Vaccination in Bombay 1874-1876 - 1874-1876
Year: 1874
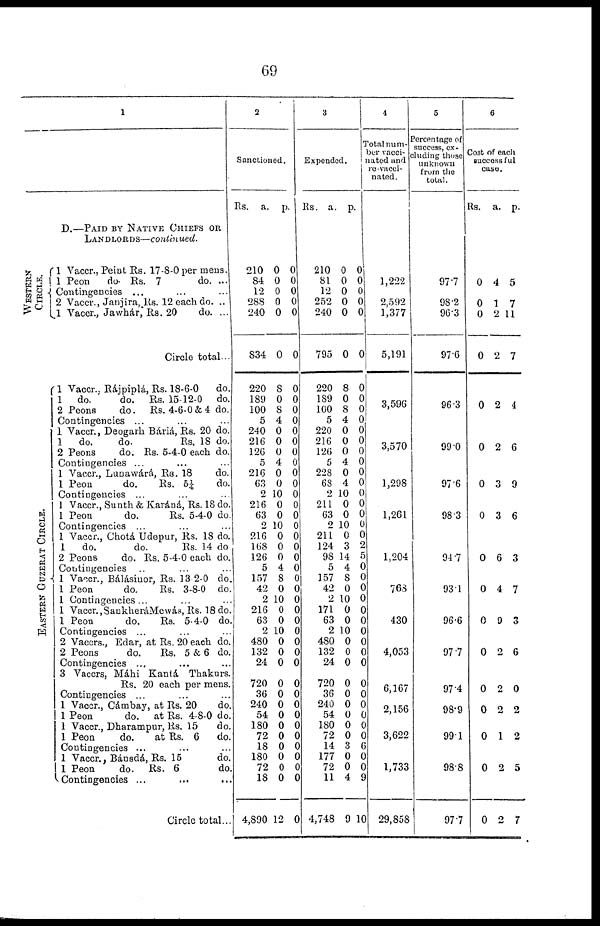
69
1
D.—PAID BY NATIVE CHIEFS OR
LANDLORDS—continued.
WESTERN
CIRCLE.
E AS T E RN GUZ E RAT CI RCLE.
1 Vaccr., Peint Rs. 17-8-0 per mens.
1 Peon
do. Rs. 7
do. ...
Contingencies ... ... ...
2 Vaccr., Janjira, Rs. 12 each do. ..
1 Vaccr., Jawhár, Rs. 20
do. ...
Circle total...
1 Vaccr., Rájpiplá, Rs. 18-6-0
do.
1 do.
do. Rs. 15-12-0 do.
2 Peons
do. Rs. 4-6-0 & 4 do.
Contingencies ... ... ...
1 Vaccr., Deogarh Báriá, Rs. 20 do.
1
do.
do.
Rs. 18 do.
2 Peons
do. Rs. 5-4-0 each do.
Contingencies ... ... ...
1 Vaccr., Lunawárá, Rs. 18
do.
1 Peon
do.
Rs. 5¼
do.
Contingencies ... ... ...
1 Vaccr., Sunth & Karáná, Rs. 18 do.
1 Peon
do.
Rs. 5-4-0 do
Contingencies ... ... ...
1 Vaccr., Chotá Udepur, Rs. 18 do.
1
do.
do.
Rs. 14 do
2 Peons
do. Rs. 5-4-0 each do.
Contingencies ... ... ...
1 Vaccr., Bálásinor, Rs. 13 2-0 do.
1 Peon
do.
Rs. 3-8-0 do.
1 Contingencies... ... ...
1 Vaccr.,SankheráMewás, Rs. 18 do.
1 Peon
do.
Rs. 5-4-0 do.
Contingencies ... ... ...
2 Vaccrs., Edar, at Rs. 20 each do.
2 Peons
do.
Rs. 5 & 6 do.
Contingencies ... ... ...
3 Vaccrs, Máhi Kantá Thakurs.
Rs. 20 each per mens.
Contingencies ... ... ...
1 Vaccr., Cámbay, at Rs. 20
do.
1 Peon do. at Rs. 4-8-0 do.
1 Vaccr., Dharampur, Rs. 15
do.
1 Peon
do.
at Rs. 6
do.
Contingencies ... ... ...
1 Vaccr., Bánsdá, Rs. 15
do.
1 Peon
do. Rs. 6
do.
Contingencies ... ... ...
Circle total...
2
Sanctioned.
Rs.
a. p.
210
84
12
288
240
834
220
189
100
5
240
216
126
5
216
63
2
216
63
2
216
168
126
5
157
42
2
216
63
2
480
132
24
720
36
240
54
180
72
18
180
72
18
4,890
0
0
0
0
0
0
8
0
8
4
0
0
0
4
0
0
10
0
0
10
0
0
0
4
8
0
10
0
0
10
0
0
0
0
0
0
0
0
0
0
0
0
0
12
0
0
0
0
0
0
0
0
0
0
0
0
0
0
0
0
0
0
0
0
0
0
0
0
0
0
0
0
0
0
0
0
0
0
0
0
0
0
0
0
0
0
0
0
3
Expended.
Rs.
a. p.
210
81
12
252
240
795
220
189
100
5
220
216
126
5
228
68
2
211
63
2
211
124
98
5
157
42
2
171
63
2
480
132
24
720
36
240
54
180
72
14
177
72
11
4,748
0
0
0
0
0
0
8
0
8
4
0
0
0
4
0
4
10
0
0
10
0
3
14
4
8
0
10
0
0
10
0
0
0
0
0
0
0
0
0
3
0
0
4
9
0
0
0
0
0
0
0
0
0
0
0
0
0
0
0
0
0
0
0
0
0
2
5
0
0
0
0
0
0
0
0
0
0
0
0
0
0
0
0
6
0
0
9
10
4
Total num-
ber vacci-
nated and
re-vacci¬
nated.
1,222
2,592
1,377
5,191
3,596
3,570
1,298
1,261
1,204
768
430
4,053
6,167
2,156
3,622
1,733
29,858
5
Percentage of
success, ex-
cluding those
unknown
from the
total.
97.7
98.2
96.3
97.6
96.3
99.0
97.6
98.3
94.7
93.1
96.6
97.7
97.4
98.9
99.1
98.8
97.7
6
Cost of each
successful
case.
Rs. a. p.
0
0
0
0
0
0
0
0
0
0
0
0
0
0
0
0
0
4
1
2
2
2
2
3
3
6
4
9
2
2
2
1
2
2
5
7
11
7
4
6
9
6
3
7
3
6
0
2
2
5
7